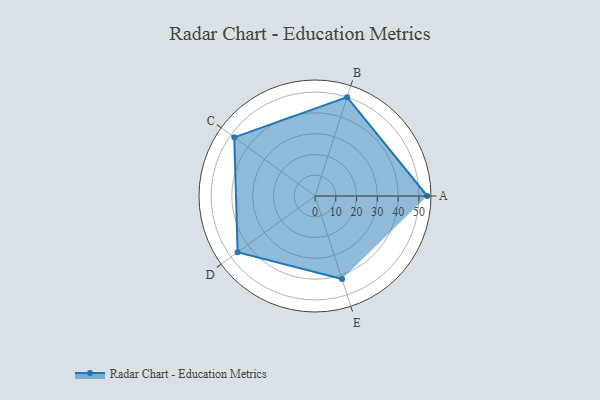
{"axis": {"x": "Skill", "y": "Score"}, "legend": ["Profile"], "data": [{"x": "A", "y": 54.0, "type": "Profile"}, {"x": "B", "y": 50.0, "type": "Profile"}, {"x": "C", "y": 48.0, "type": "Profile"}, {"x": "D", "y": 46.0, "type": "Profile"}, {"x": "E", "y": 42.0, "type": "Profile"}]}